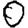
Digit: 0